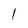
Character: 1